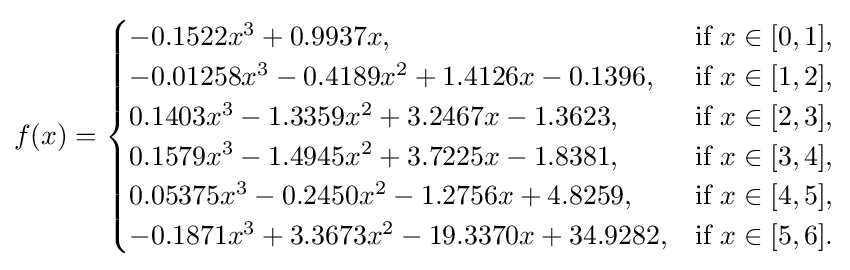
f(x)={\begin{cases}-0.1522x^{3}+0.9937x,&{\text{if }}x\in [0,1],\\-0.01258x^{3}-0.4189x^{2}+1.4126x-0.1396,&{\text{if }}x\in [1,2],\\0.1403x^{3}-1.3359x^{2}+3.2467x-1.3623,&{\text{if }}x\in [2,3],\\0.1579x^{3}-1.4945x^{2}+3.7225x-1.8381,&{\text{if }}x\in [3,4],\\0.05375x^{3}-0.2450x^{2}-1.2756x+4.8259,&{\text{if }}x\in [4,5],\\-0.1871x^{3}+3.3673x^{2}-19.3370x+34.9282,&{\text{if }}x\in [5,6].\end{cases}}